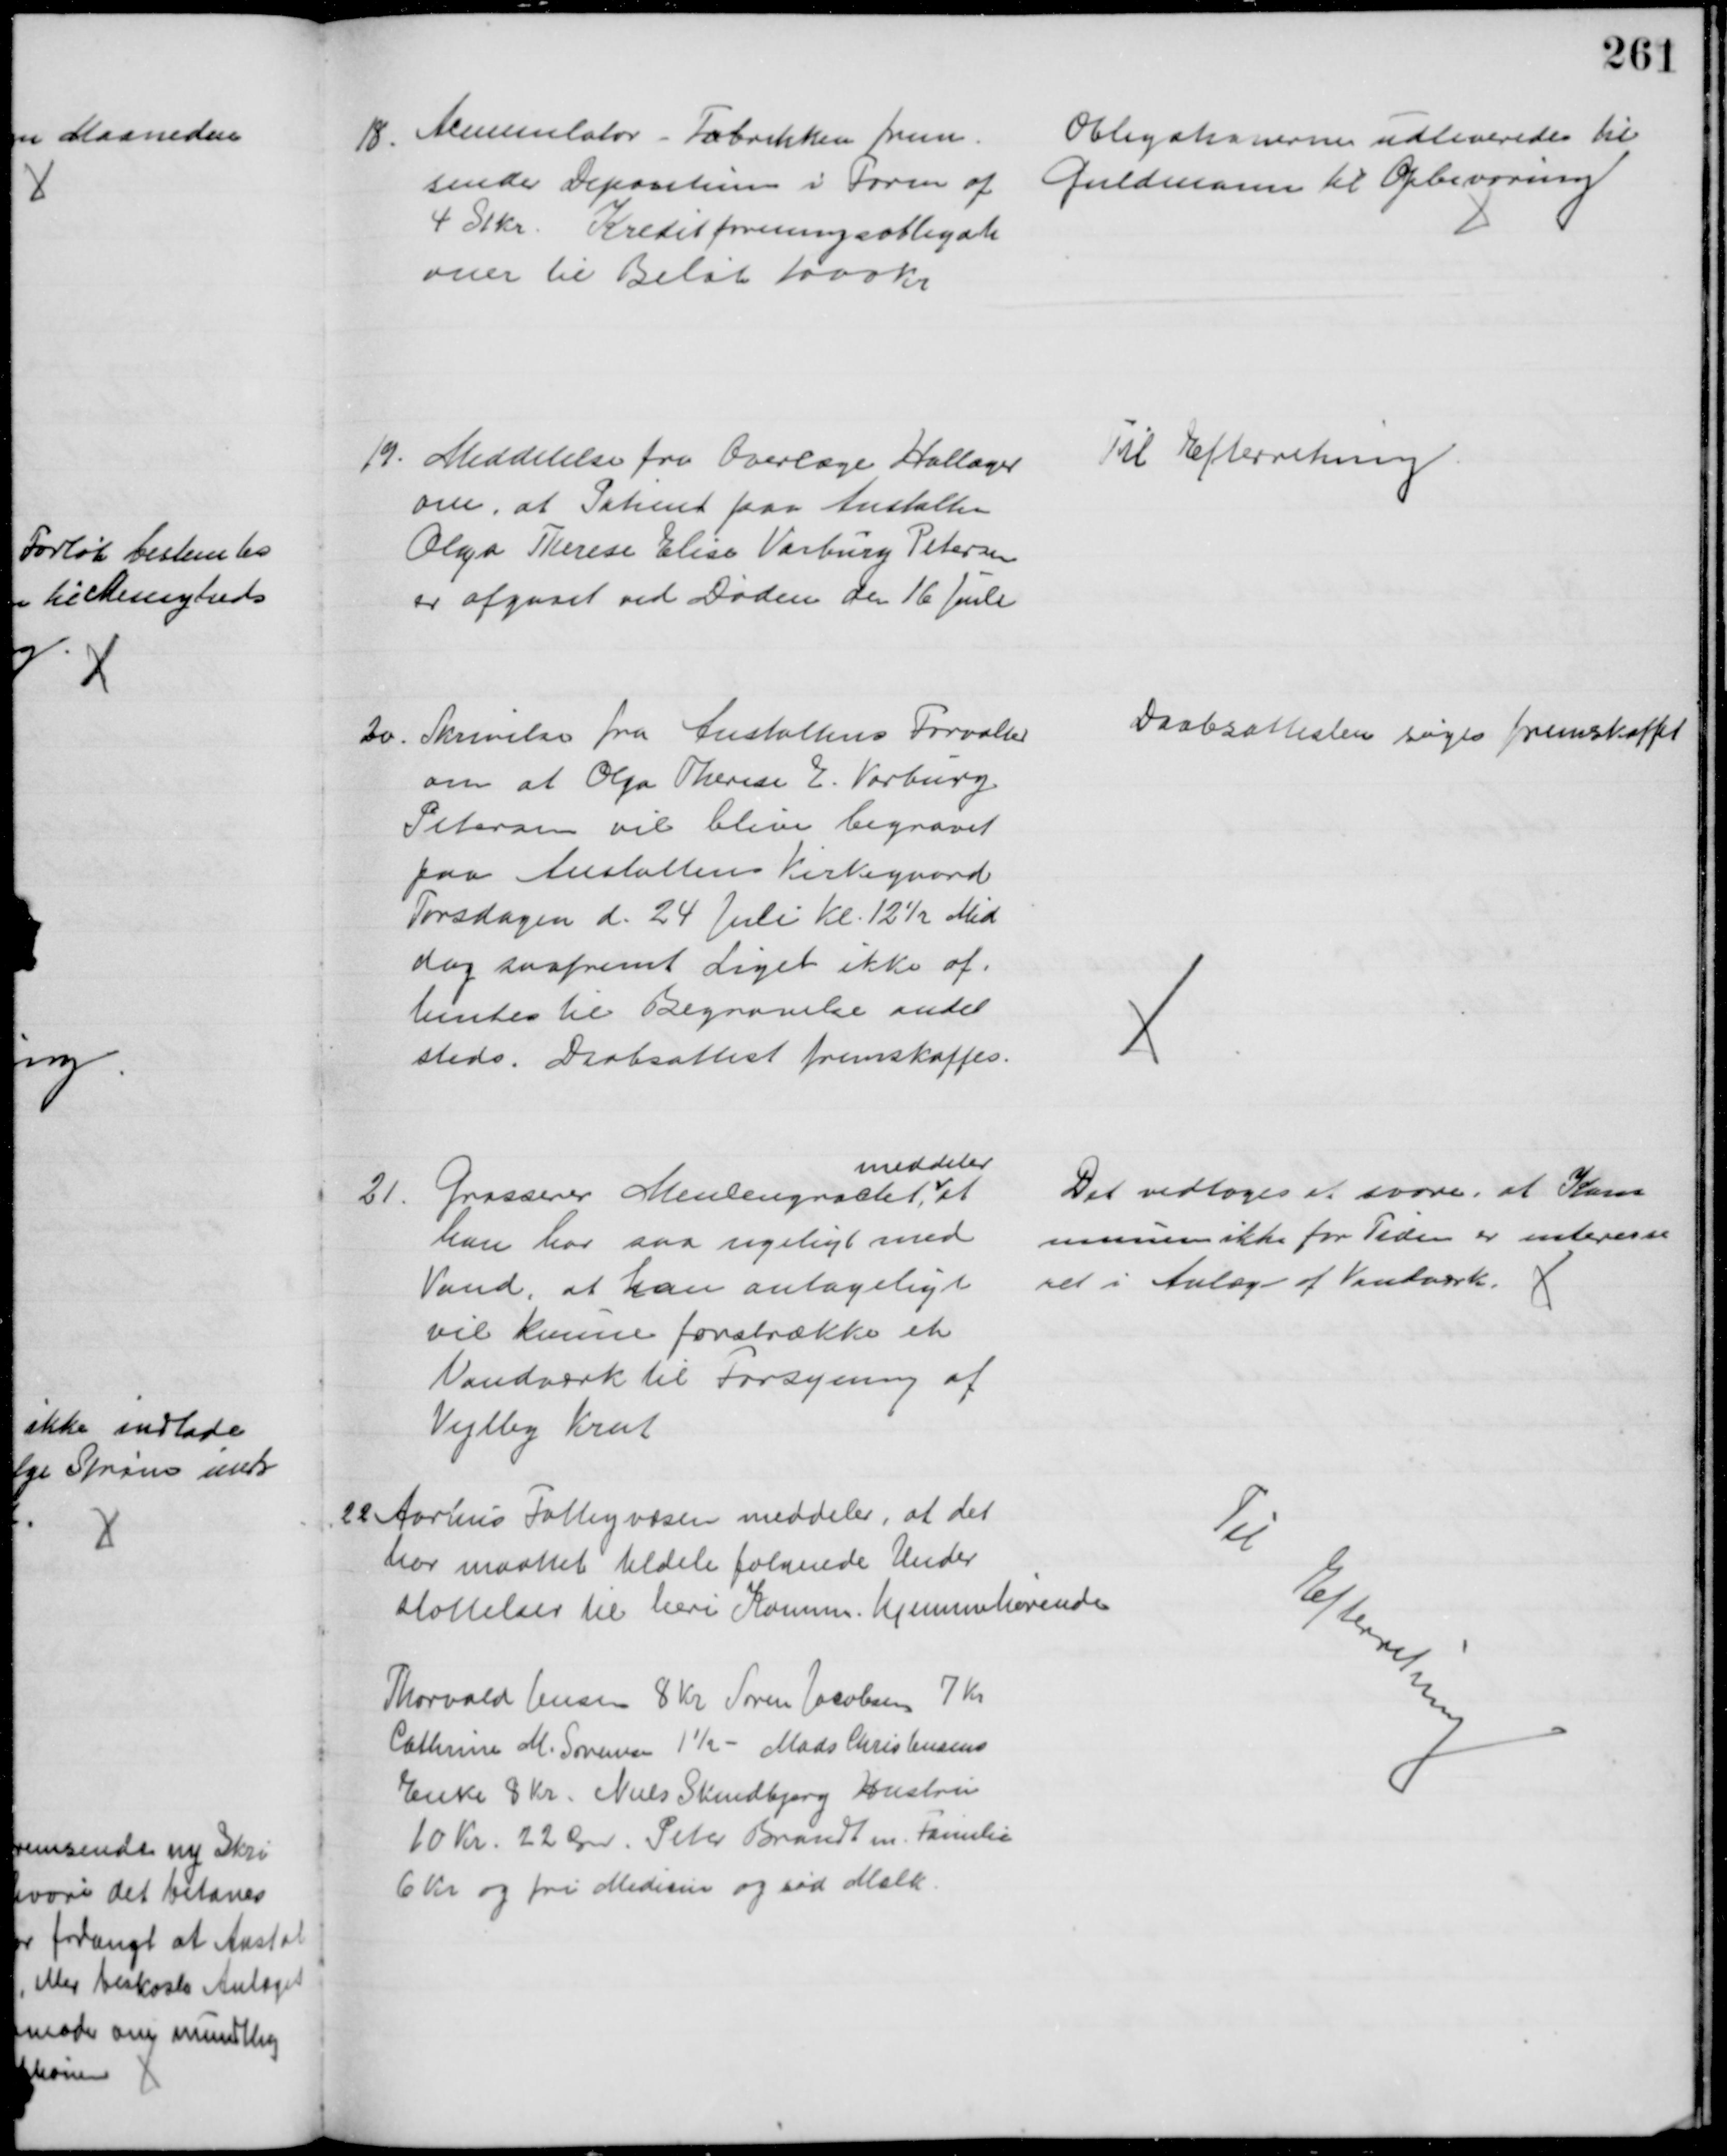
Transskription:
18. Acumulator - Fabrikken frem-
sender Depositum i Form af
4 Stkr. Kreditforeningsobligati
oner til Beløb 1000 Kr.
Obligationerne udleveredes til 
Guldmann til Opbevaring
19. Meddelelse fra Overlæge Hallager
om, at Patient paa Anstalten
Olga Therese Elisa Varburg Petersen
er afgaaet ved Døden den 16 Juli
Til Efterretning
20. Skrivelse fra Anstaltens Forvalter
om at Olga Therese E. Varburg
Petersen vil blive begravet
paa Anstaltens Kirkegaard
Torsdagen d. 24 Juli Kl. 12½ Mid
dag saafremt Liget ikke af-
hentes til Begravelse andet
steds. Daabsattest fremskaffes.
Daabsattesten søges fremskaffet
21
Grosserer Meulengracht, 
meddeler
at
han har saa rigeligt med 
Vand, at han antageligt
vil kunne forstrække et 
Vandværk til Forsyning af
Vejlby Krat
Det vedtoges at svare, at Kom
munen ikke for Tiden er interesse
ret i Anlæg af Vandværk.
22 Aarhus Fattigvæsen meddeler, at det
har maattet tildele følgende Under
støttelser til heri Komm. hjemmehørende
Thorvald Jensen 8 Kr Søren Jacobsen 7 Kr
Cathrine M. Sørensen 1½ - Mads Christensens
Enke 8 Kr. Niels Skindbjerg Hustru
10 Kr. 22 Øre. Peter Brandt m. familie
6 Kr og fri Medicin og sød Mælk.
Til Efterretning